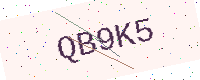
Text: QB9K5